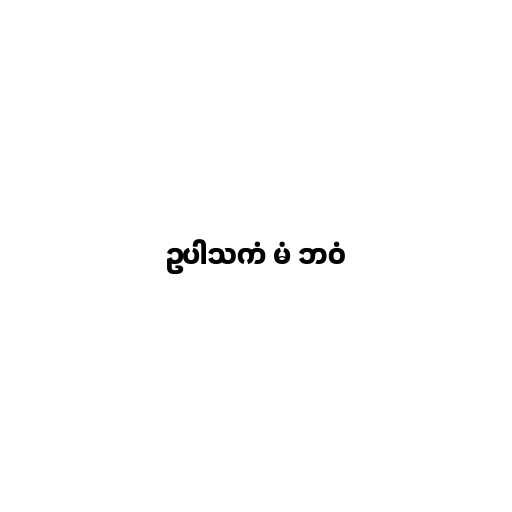
ဥပါသကံ မံ ဘဝံ